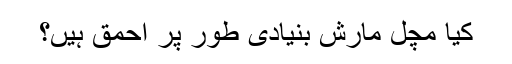
کیا مچل مارش بنیادی طور پر احمق ہیں؟